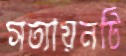
সত্যায়নটি